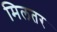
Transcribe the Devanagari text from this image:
मिलतर